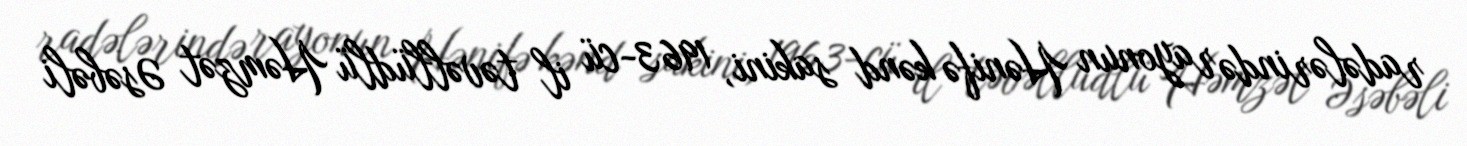
radələrində rayonun Hənifə kənd sakini, 1963-cü il təvəllüdlü Həmzət Əsəbəli